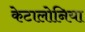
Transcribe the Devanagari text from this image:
केटालोनिया